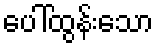
ပေါ်ထွန်းသော